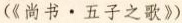
(《尚书。五子之歌》)